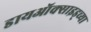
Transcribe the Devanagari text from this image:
डायऑक्साइड्च्या